Indian journal of veterinary science and animal husbandry - Volume 7,
Year: 1937
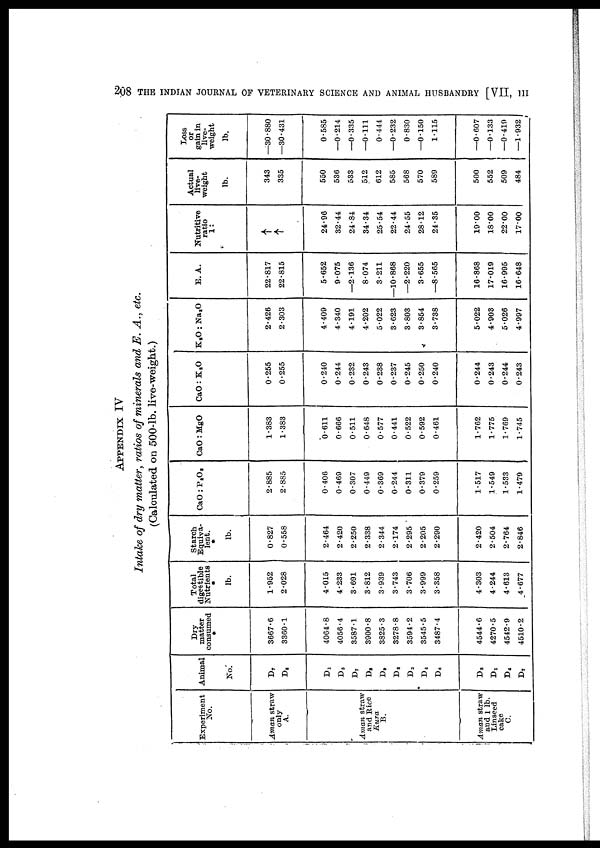
208 THE INDIAN JOURNAL OF VETERINARY SCIENCE AND ANIMAL HUSBANDRY [VII,
III
APPENDIX IV
Intake of dry matter, ratios of minerals and E. A., etc.
(Calculated on 500-lb. live-weight.)
Experiment
No.
Aman straw
only
A.
Aman straw
and Rice
Kura
B.
Aman straw
and 1 lb.
Linseed
cake
C.
Animal
No.
D 7
D 8
D 1
D 5
D 7
D 8
D 9
D 2
D 3
D 4
D 6
D 3
D 1
D 4
D 7
Dry
matter
consumed
*
3667.6
3360.1
4064.8
4056.4
3587.1
3900.8
3825.3
3278.8
3594.2
3545.5
3487.4
4544.6
4270.5
4542.9
4510.2
Total
digestible
Nutrients
*
lb.
1.952
2.028
4.015
4.233
3.691
3.812
3.939
3.743
3.706
3.999
3.358
4.303
4.244
4.613
4.677
Starch
Equiva
lent.
*
lb.
0.827
0.558
2.464
2.420
2.250
2.338
2.344
2.174
2.295
2.205
2.290
2.420
2.504
2.764
2.846
CaO : P 2 O 3
2.885
2.885
0.406
0.469
0.307
0.449
0.369
0.244
0.311
0.379
0.259
1.517
1.549
1.533
1.479
CaO : MgO
1.383
1.383
0.611
0.666
0.511
0.648
0.577
0.441
0.522
0.592
0.461
1.762
1.775
1.769
1.745
CaO : K 2 O
0.255
0.255
0.240
0.244
0.232
0.243
0.238
0.237
0.245
0.250
0.240
0.244
0.243
0.244
0.243
K 2 O : Na 2 O
2.426
2.303
4.409
4.340
4.191
4.202
5.022
3.623
3.803
3.854
3.738
5.022
4.903
5.026
4.997
E. A.
22.817
22.815
5.652
9.075
—2.136
8.074
3.211
—10.868
—2.220
3.655
—8.565
16.868
17.019
16.995
16.648
Nutritive
ratio
1 :
↑
↑
24.96
32.44
24.84
34.34
25.54
22.44
24.55
28.12
24.35
19.00
18.00
22.00
17.00
Actual
live-
weight
lb.
343
335
550
536
533
512
612
585
568
570
589
500
552
509
484
Loss
or
gain in
live-
weight
lb.
—30.880
—30.431
0.585
—0.214
—0.335
—0.111
0.444
—0.232
0.830
—0.150
1.115
—0.607
—0.133
—0.419
—1.932